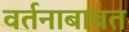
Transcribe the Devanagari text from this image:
वर्तनाबाबत